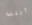
أنني